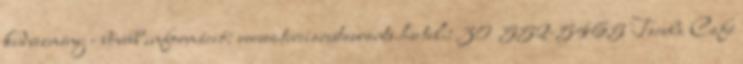
kedvezmény - bővebb információ: www.terciarestaurants.hu tel.: 30 552-5465 Tacuba Café